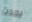
يحدث